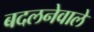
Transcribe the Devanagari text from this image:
बदलनेवाले